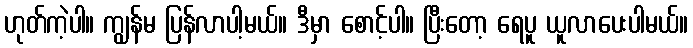
ဟုတ်ကဲ့ပါ။ ကျွန်မ ပြန်လာပါ့မယ်။ ဒီမှာ စောင့်ပါ။ ပြီးတော့ ရေပူ ယူလာပေးပါမယ်။